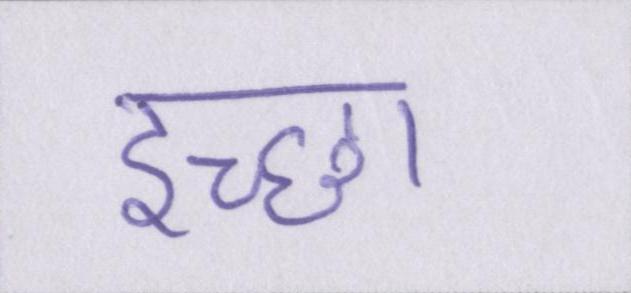
इच्छा